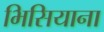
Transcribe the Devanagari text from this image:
भिसियाना